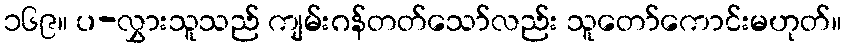
၁၆၉။ ပ-လွှားသူသည် ကျမ်းဂန်တတ်သော်လည်း သူတော်ကောင်းမဟုတ်။